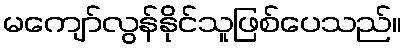
မကျော်လွန်နိုင်သူဖြစ်ပေသည်။